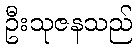
ဦးသုဇနသည်